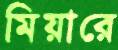
মিয়ারে